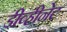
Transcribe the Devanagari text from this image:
डीव्हीनेट